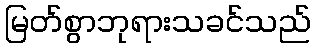
မြတ်စွာဘုရားသခင်သည်